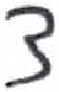
אות: צ